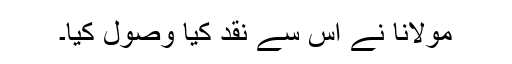
مولانا نے اس سے نقد کیا وصول کیا۔